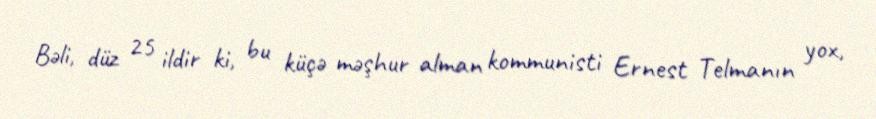
Bəli, düz 25 ildir ki, bu küçə məşhur alman kommunisti Ernest Telmanın yox,